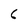
Character: 6